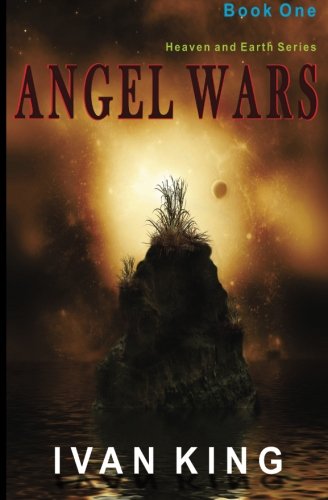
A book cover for Angel Wars; Ivan King; Christian Books & Bibles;